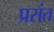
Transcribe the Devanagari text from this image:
प्रसंत